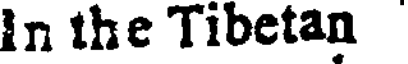
In the Tibetan